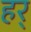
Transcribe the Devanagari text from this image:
हर्